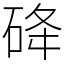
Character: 䂫